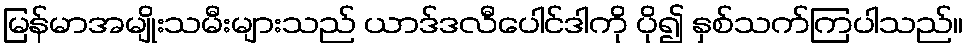
မြန်မာအမျိုးသမီးများသည် ယာဒ်ဒလီပေါင်ဒါကို ပို၍ နှစ်သက်ကြပါသည်။